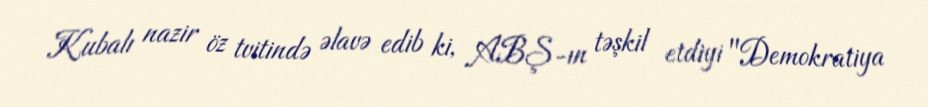
Kubalı nazir öz tvitində əlavə edib ki, ABŞ-ın təşkil etdiyi "Demokratiya